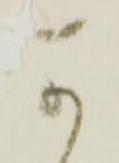
可